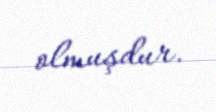
olmuşdur.